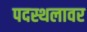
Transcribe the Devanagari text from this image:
पदस्थलावर